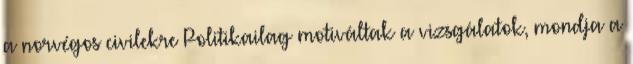
a norvégos civilekre Politikailag motiváltak a vizsgálatok, mondja a